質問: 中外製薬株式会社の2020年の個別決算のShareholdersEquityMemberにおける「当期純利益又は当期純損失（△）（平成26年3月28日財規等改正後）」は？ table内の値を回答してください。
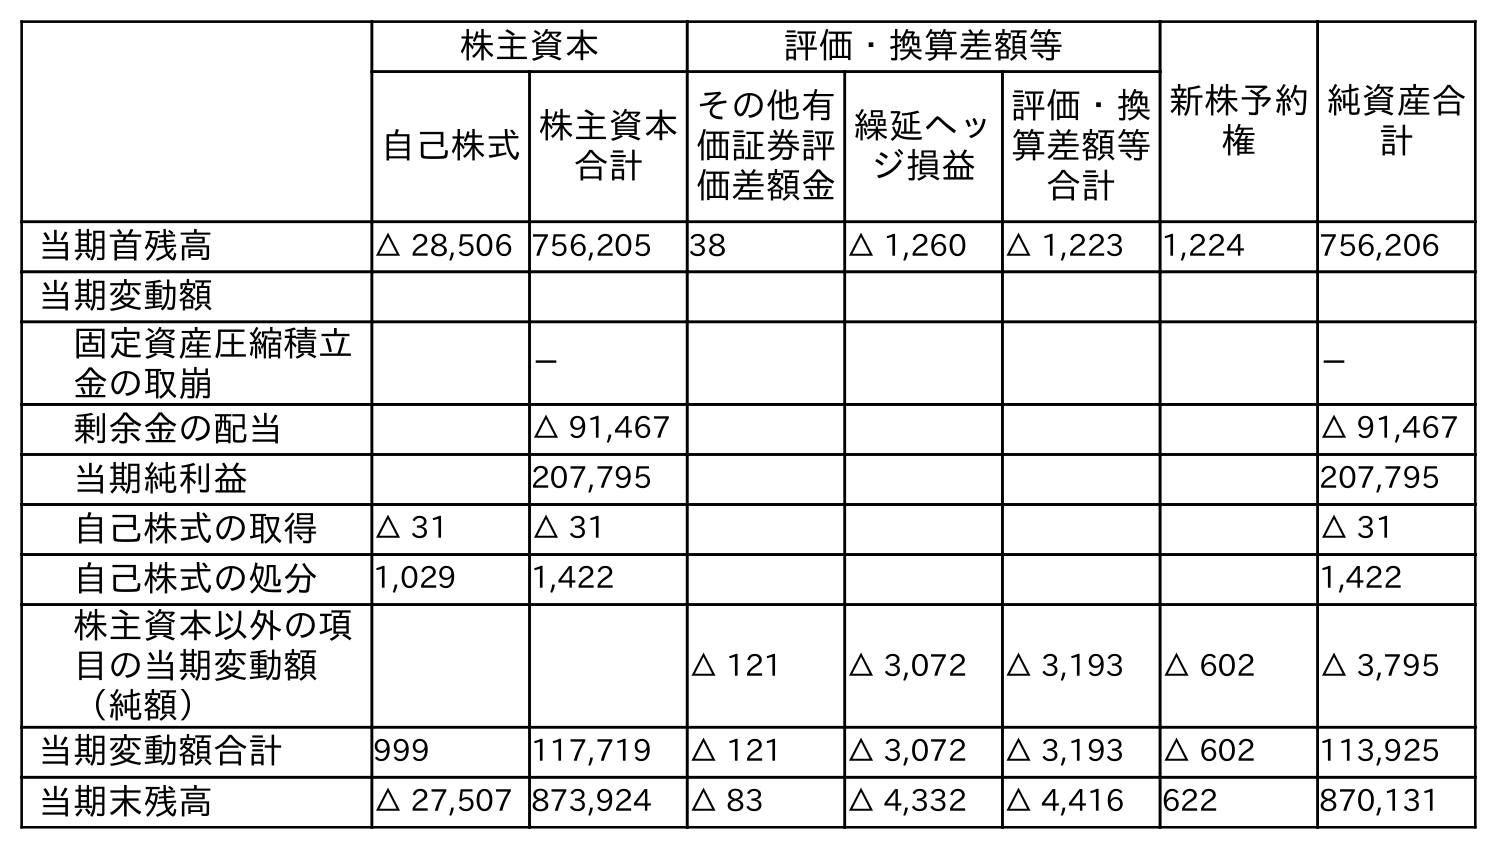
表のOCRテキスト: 株主資本 評価・換算差額等 新株予約 権 純資産合 計 自己株式株主資本 合計 その他有 価証券評 価差額金 繰延ヘッ ジ損益 評価・換 算差額等 合計 当期首残高 △ 28,506 756,205 38 △ 1,260 △ 1,223 1,224 756,206 当期変動額 固定資産圧縮積立 金の取崩 － － 剰余金の配当 △ 91,467 △ 91,467 当期純利益 207,795 207,795 自己株式の取得 △ 31 △ 31 △ 31 自己株式の処分 1,029 1,422 1,422 株主資本以外の項 目の当期変動額 （純額） △ 121 △ 3,072 △ 3,193 △ 602 △ 3,795 当期変動額合計 999 117,719 △ 121 △ 3,072 △ 3,193 △ 602 113,925 当期末残高 △ 27,507 873,924 △ 83 △ 4,332 △ 4,416 622 870,131
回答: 207,795